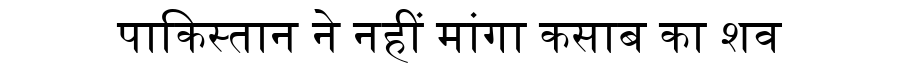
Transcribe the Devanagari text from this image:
पाकिस्तान ने नहीं मांगा कसाब का शव